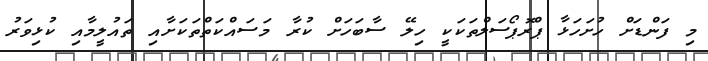
މި ފަންޑަށް ހުށަހަޅާ ޕްރޮޕޯސަލްތަކަކީ ހިލޭ ސާބަހަށް ކުރާ މަސައްކަތްތަކަށާއި ތައުލީމާއި ކުޅިވަރު